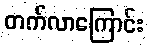
တက်လာကြောင်း